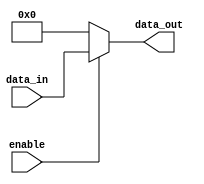
module Parameterized_Module #
(
  parameter DATA_WIDTH = 8,
  parameter ENABLE_WIDTH = 1
)
(
  input wire [DATA_WIDTH-1:0] data_in,
  input wire [ENABLE_WIDTH-1:0] enable,
  output reg [DATA_WIDTH-1:0] data_out
);

  always @*
  begin
    if (enable == 1'b1)
      data_out = data_in;
    else
      data_out = {DATA_WIDTH{1'b0}};
  end

endmodule